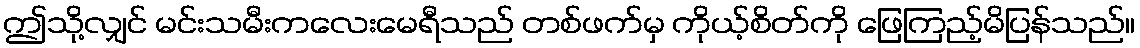
ဤသို့လျှင် မင်းသမီးကလေးမေရီသည် တစ်ဖက်မှ ကိုယ့်စိတ်ကို ဖြေကြည့်မိပြန်သည်။